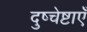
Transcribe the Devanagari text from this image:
दुष्चेष्टाएँ